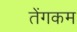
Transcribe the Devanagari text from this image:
तेंगकम